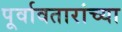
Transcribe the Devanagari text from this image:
पूर्वावतारांच्या